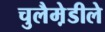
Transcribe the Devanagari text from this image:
चुलैमे़डीले